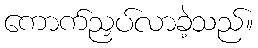
ကောက်ညှပ်လာခဲ့သည်။